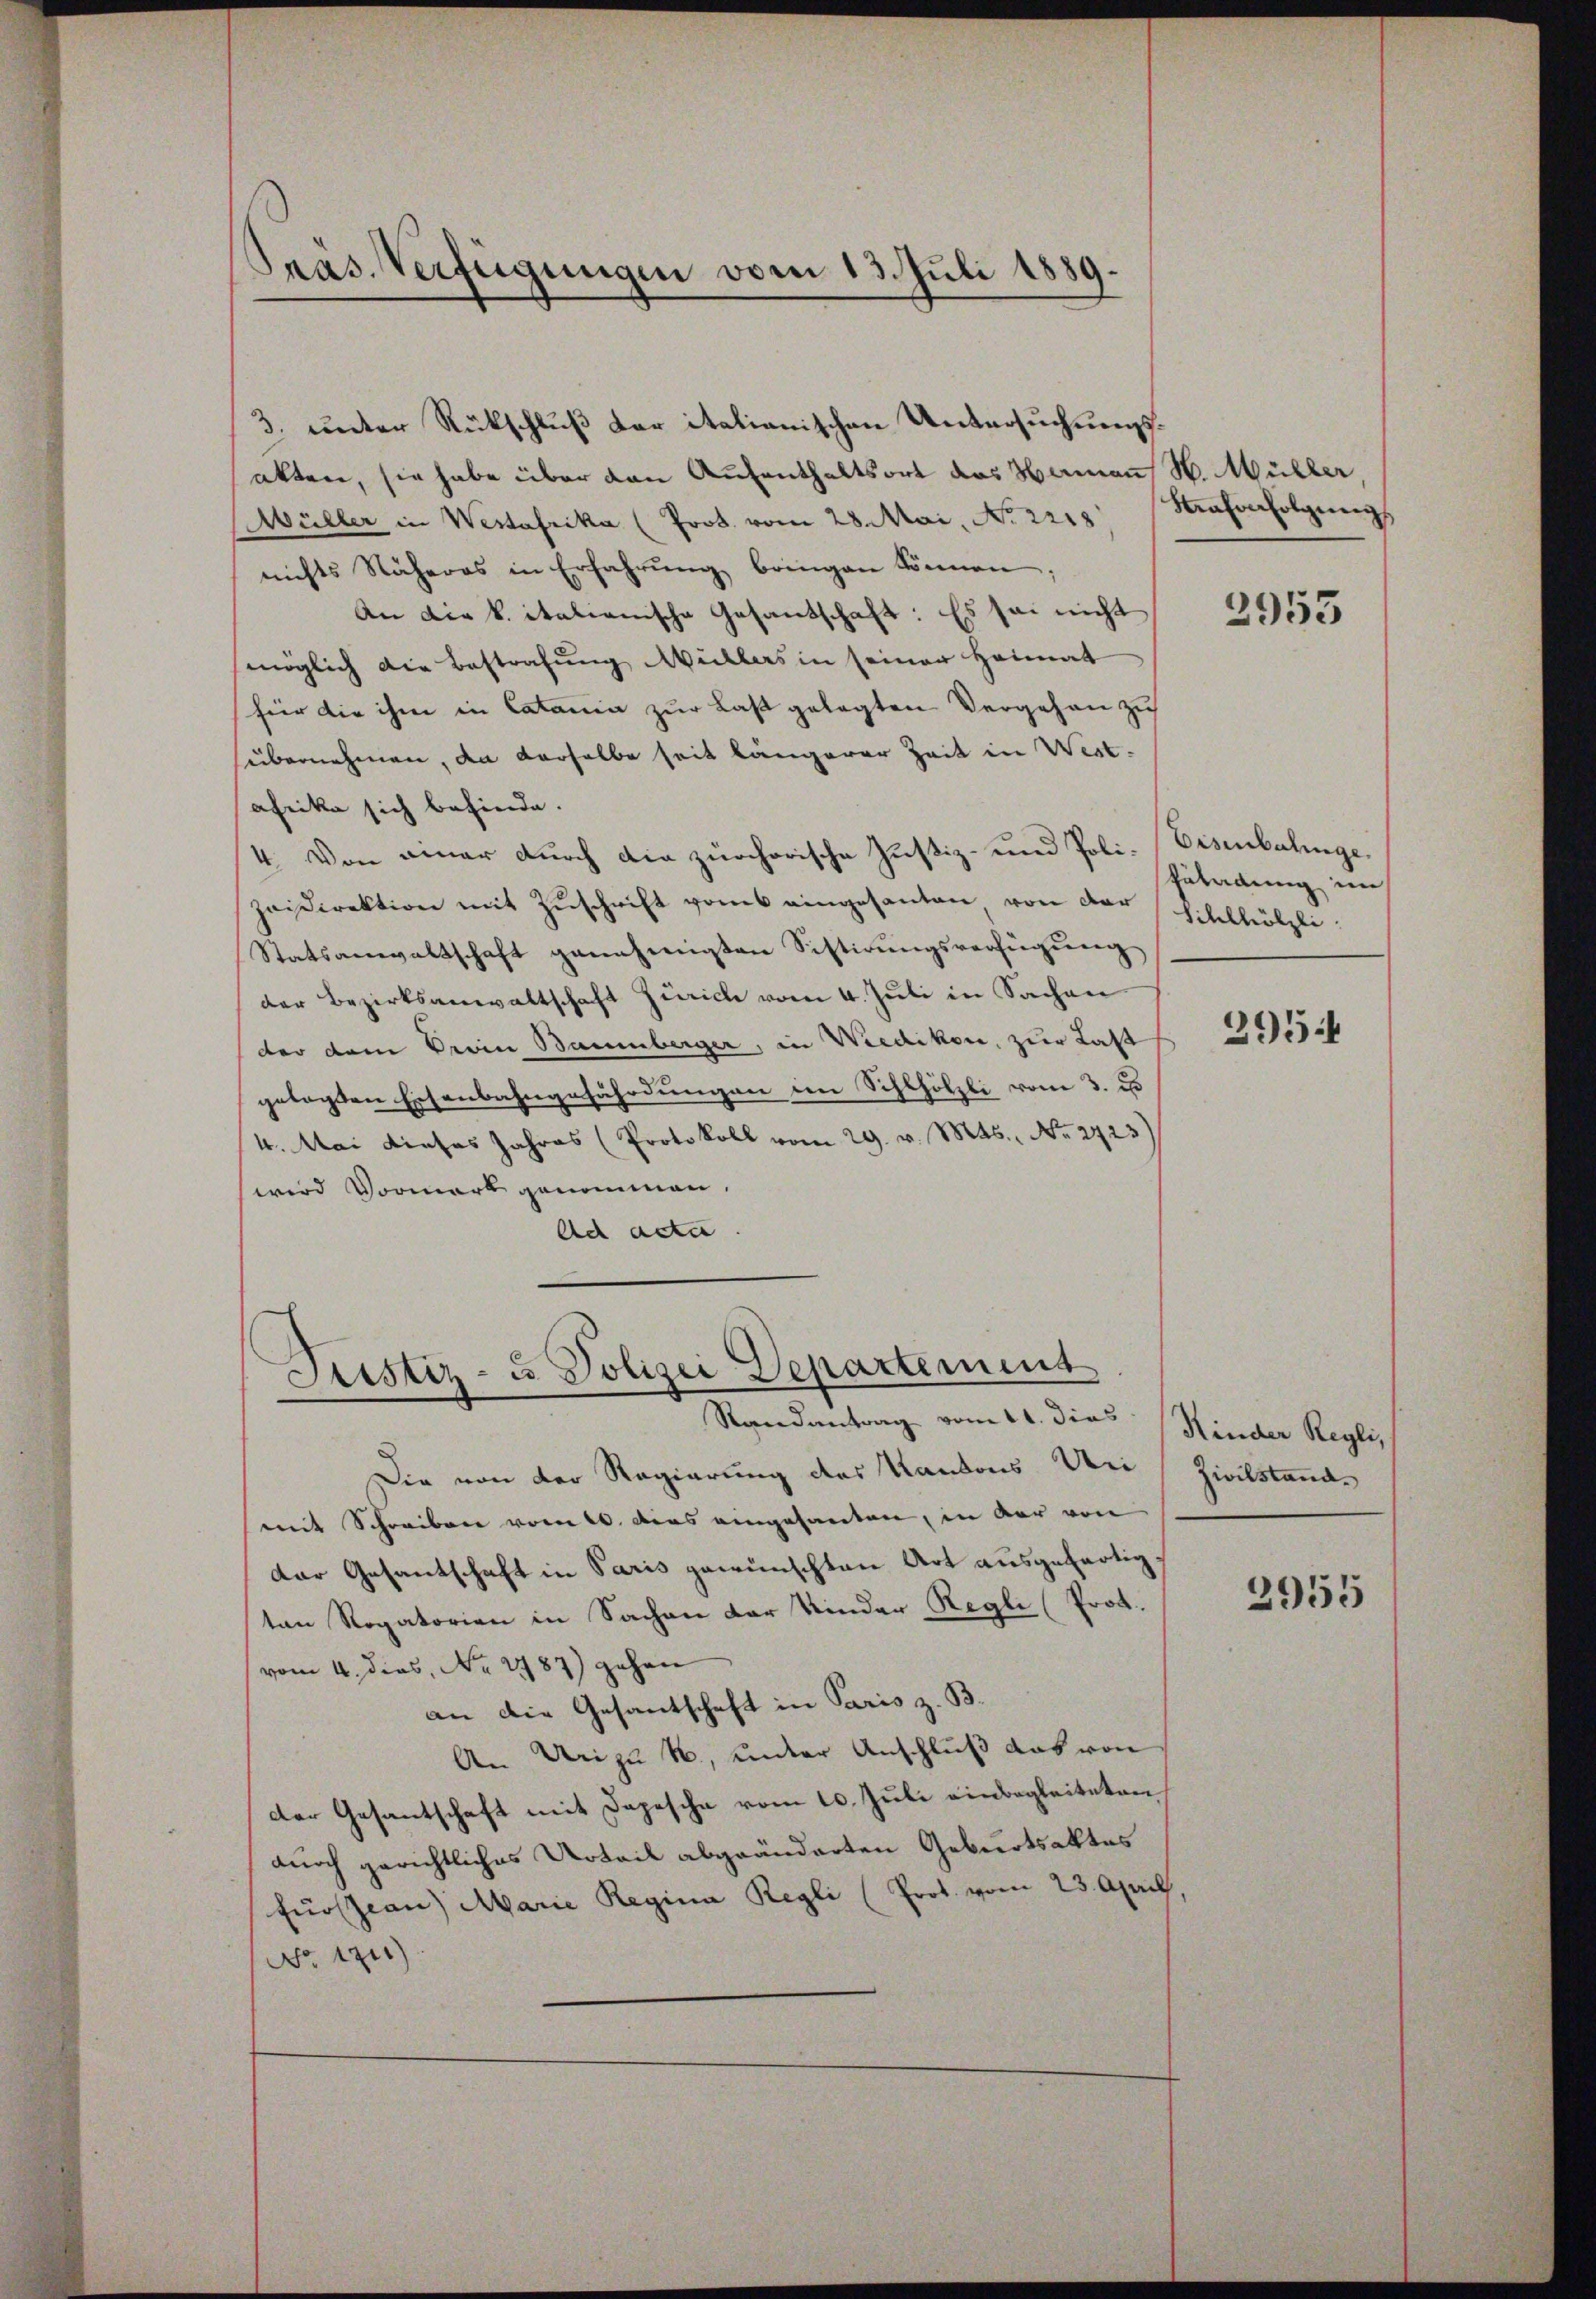
Präs. Verfügungen vom 13. Juli 1889.

3. unter Rückschluß der italienischen Untersuchungsakten, sie habe über den Aufenthaltsort das Hamann H. Müller,
Müller in Westafrika (Prot. vom 28. Mai, No 2215 Kahorfolgung
nichts Näheres in Erfahrŭng bringen können;
An die k. italienische Gesandschaft: Es sei nicht
möglich die Bestrafung Willers in seiner Heimat
für die ihm in Catania zur Last gelegten Vergehen zu
übernehmen, an derselbe seit längerer Zeit in West-
afrika sich befinde.
4. Von einer durch die zürchorische Justiz- und Poli-Eisenbalinge.
Haidirektion mit Zuschrift vom eingesanten von der
Statsanwaltschaft genehmigten Sistirungsverfügung
der Bezirksanwaltschaft Zürich vom 4. Juli in Sachen
der dem Verin Baumberger, in Wiedikon, zur Last
gelegten Eisenbahngefährdungen im Sihlhölzli vom 3. Es
4. Mai dieses Jahres (Protokoll vom 29. v. Mts., Nr. 2723)
wird Vormerk genommen.
Ad acta

Justiz- u. Polizei Departement
Randantrag vom 11. dies (Kinder Regli,

Die von der Regierung des Kantons Uri, Zivilstande
mit Schreiben vom 10. dies eingesanten, in der von
der Gesantschaft in Paris gewünschten Art ausgefertig.
ten Rogatorien in Sachen der Kinder Regli (Prot.
vom 4. dies, No. 1787) gehen
an die Gesantschaft in Paris z. B.
An Uri zu W., unter Anschluß das von
der Gesantschaft mit Depesche vom 10. Juli einbegleiteten
durch gerichtliches Urteil abgeänderten Geburtsaktes
Fürstian Marie Regina Regli (Prot. vom 23. April,
No 1311)

2953

Güladung im
Sihlhölzli

2954

2955